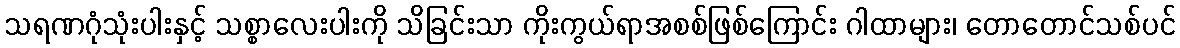
သရဏဂုံသုံးပါးနှင့် သစ္စာလေးပါးကို သိခြင်းသာ ကိုးကွယ်ရာအစစ်ဖြစ်ကြောင်း ဂါထာများ၊ တောတောင်သစ်ပင်